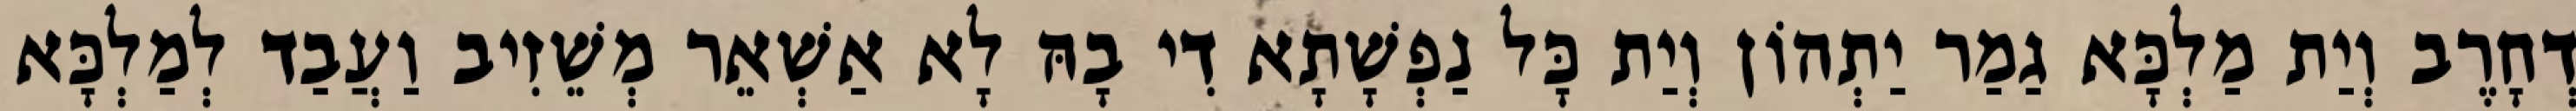
דְחָרֶב וְיַת מַלְכָּא גַמַר יַתְהוֹן וְיַת כָּל נַפְשָׁתָא דִי בָהּ לָא אַשְׁאֵר מְשֵׁזִיב וַעֲבַד לְמַלְכָּא